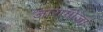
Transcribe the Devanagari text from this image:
जारागोजा